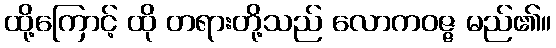
ထို့ကြောင့် ထို တရားတို့သည် လောကဝဇ္ဇ မည်၏။